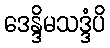
ဒေန္ဒိမသဒ္ဒံပိ